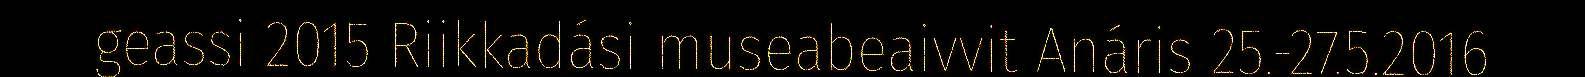
geassi 2015 Riikkadási museabeaivvit Anáris 25.-27.5.2016